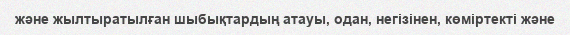
және жылтыратылған шыбықтардың атауы, одан, негізінен, көміртекті және